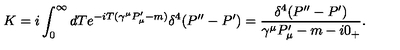
K = i \int _ { 0 } ^ { \infty } d T e ^ { - i T ( \gamma ^ { \mu } P _ { \mu } ^ { \prime } - m ) } \delta ^ { 4 } ( P ^ { \prime \prime } - P ^ { \prime } ) = { \frac { \delta ^ { 4 } ( P ^ { \prime \prime } - P ^ { \prime } ) } { \gamma ^ { \mu } P _ { \mu } ^ { \prime } - m - i 0 _ { + } } } .